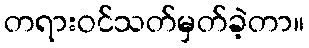
တရားဝင်သတ်မှတ်ခဲ့တာ။